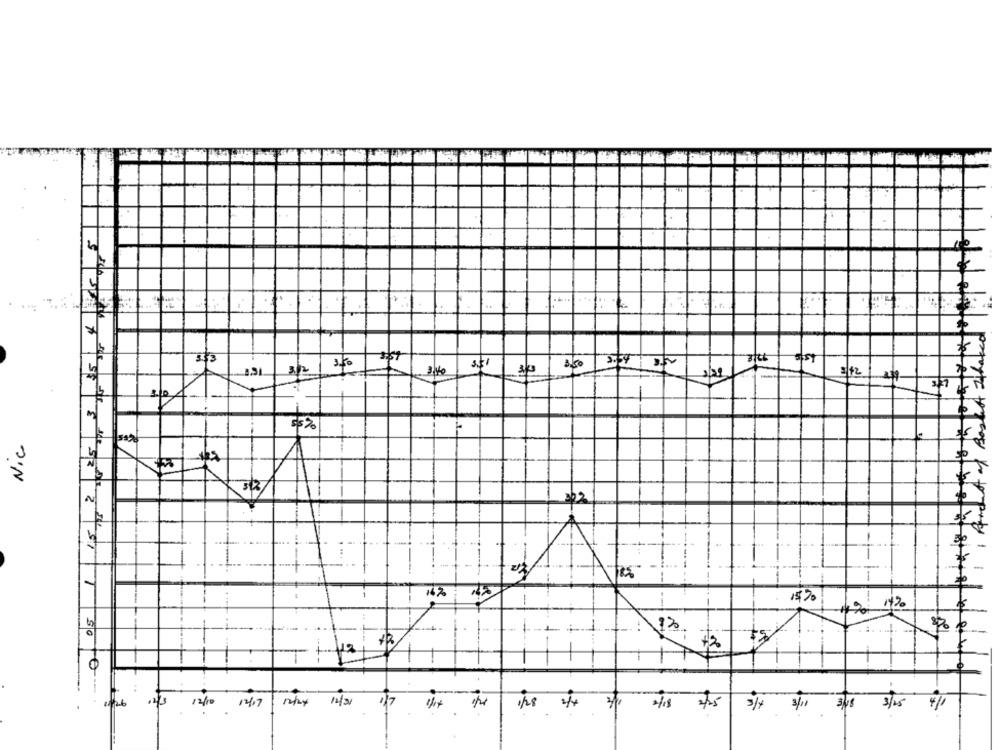
. .
12
35%
Nic
Ti
1
14%
15,20
-0
41
.43
12/10
12/17 my
14/3/
1/4
3/25
4/1